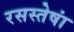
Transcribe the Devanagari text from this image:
रसस्तेषां